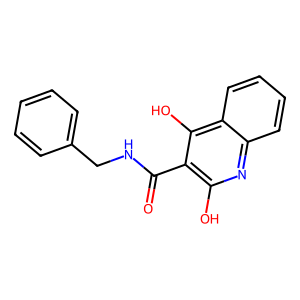
SMILES: O=C(NCc1ccccc1)c1c(O)nc2ccccc2c1O
Inhibits HIV replication: No